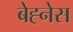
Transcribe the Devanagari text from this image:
बेह्नेस